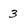
Character: 3